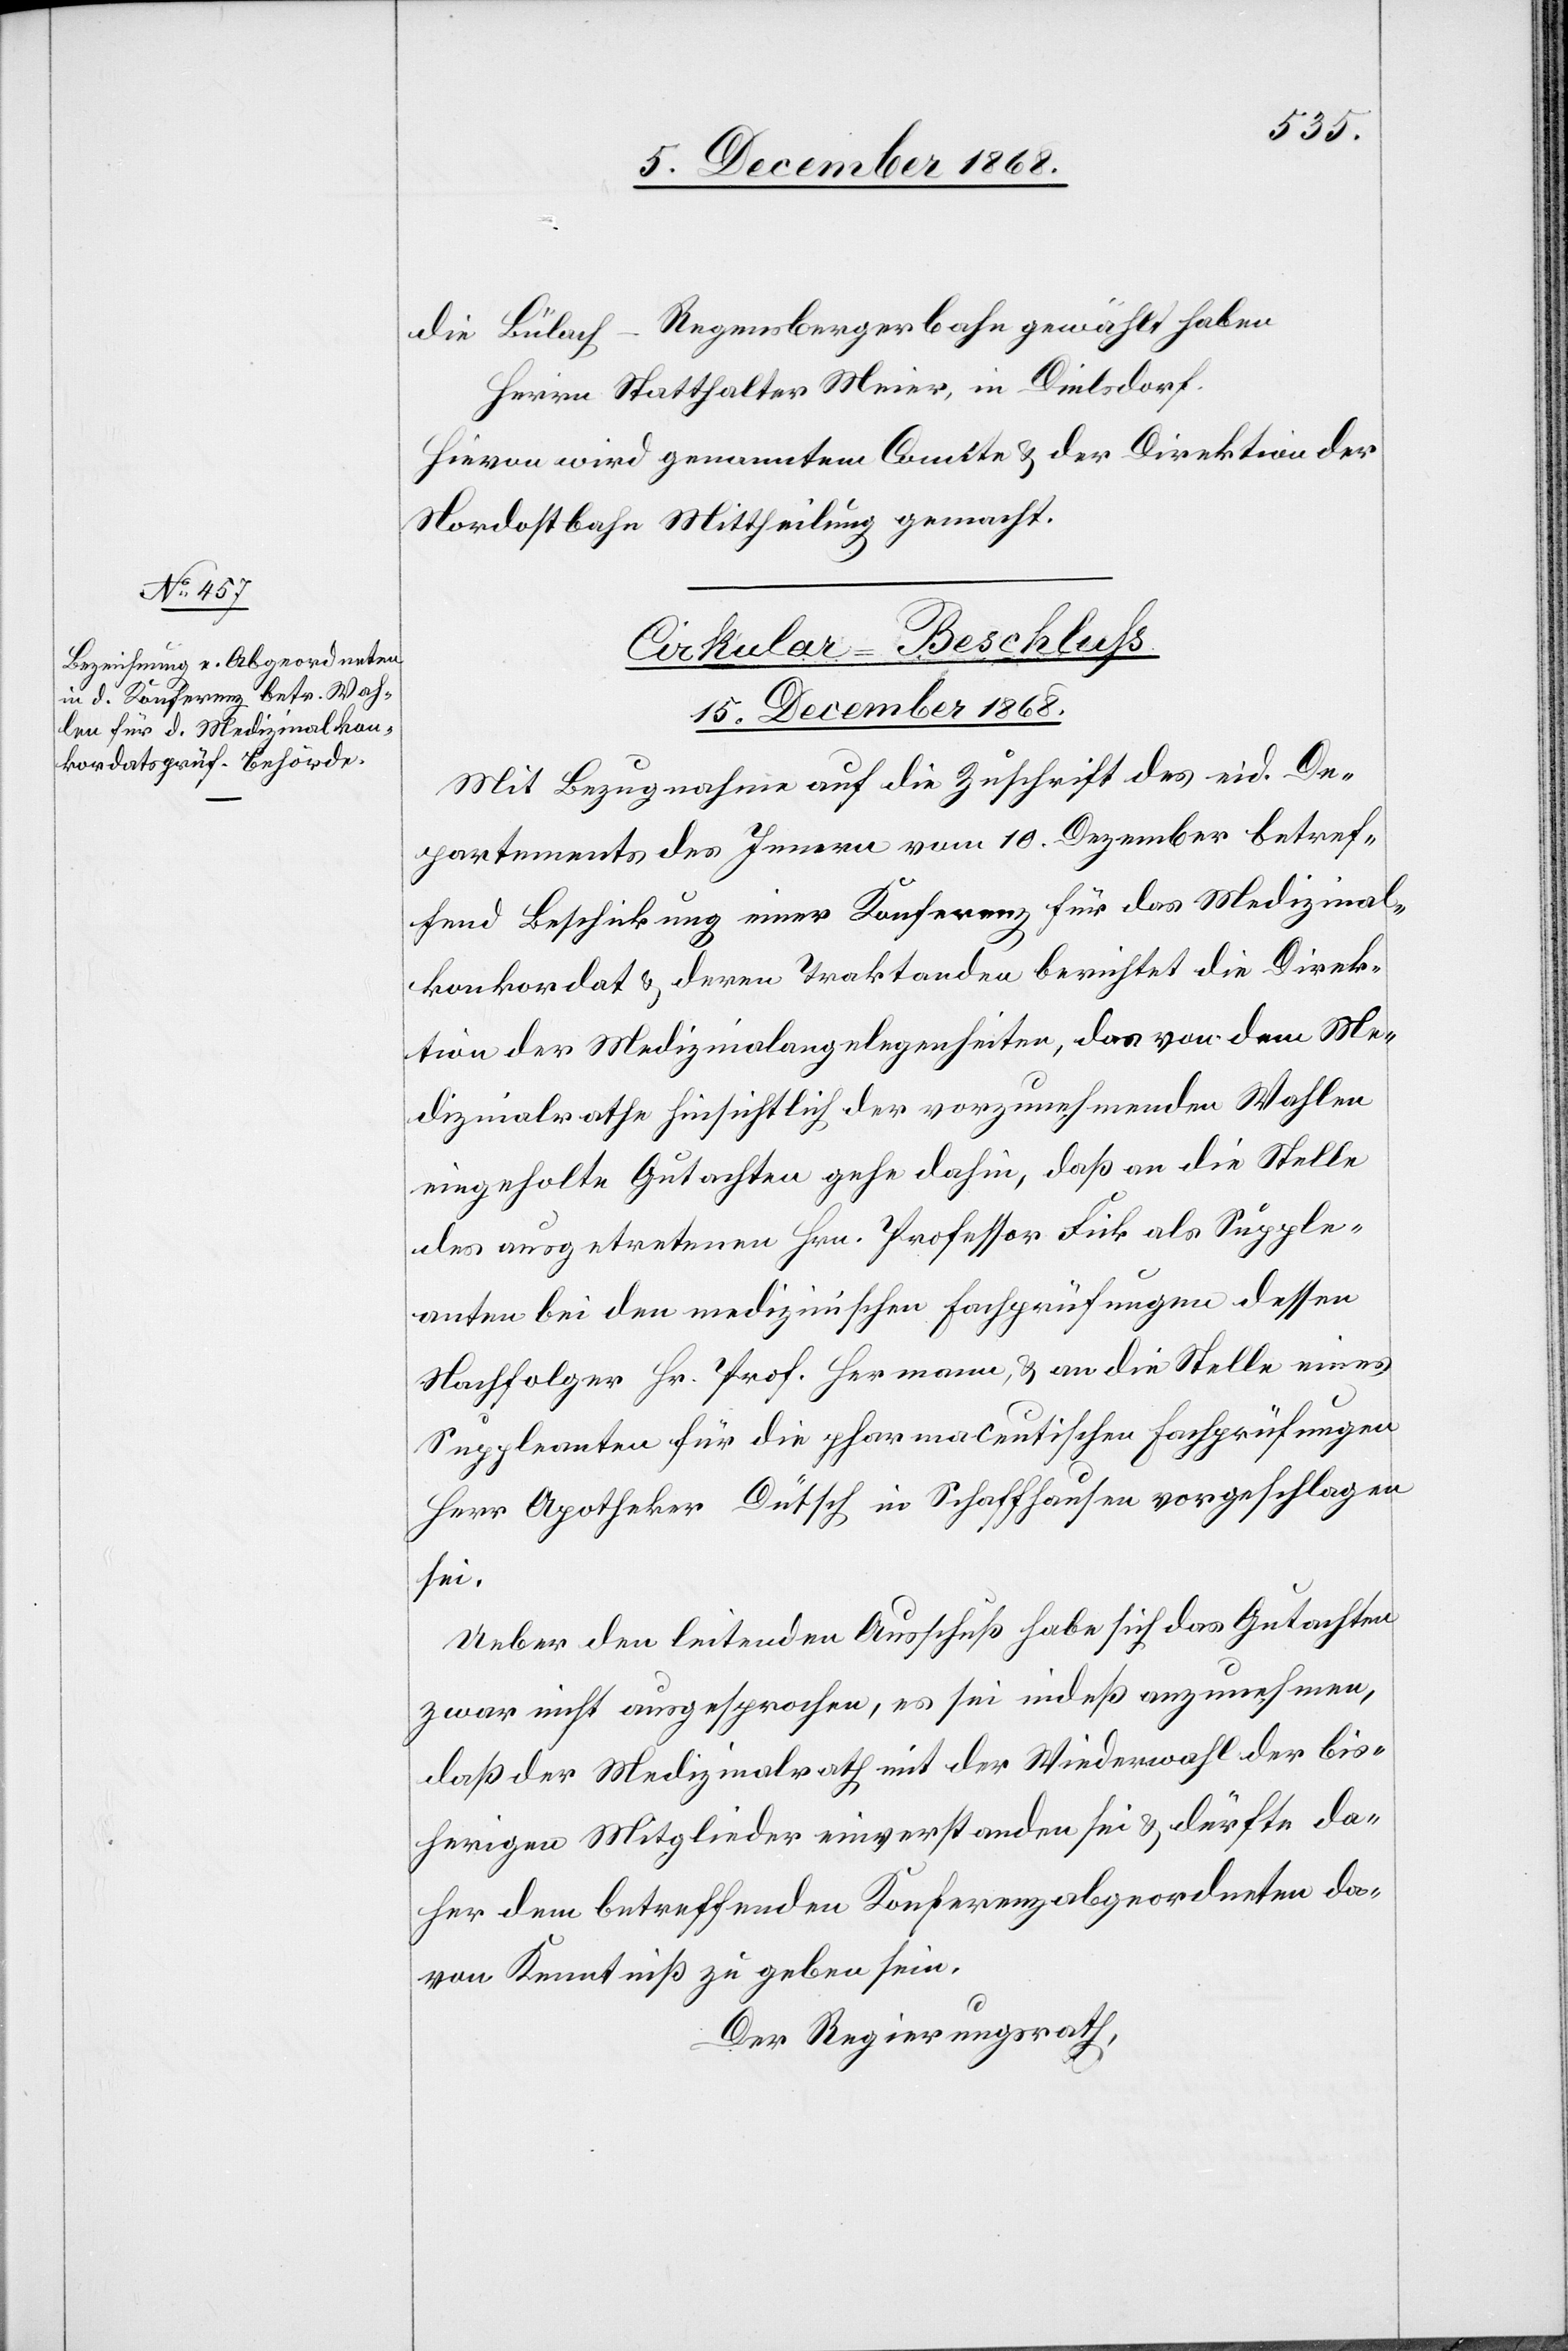
die Bülach–Regensbergerbahn gewählt haben
Herrn Statthalter Meier, von Dielsdorf.
Hievon wird genanntem Comite & der Direktion der
Nordostbahn Mittheilung gemacht.
Cirkular-Beschluss
15. December 1868.
Mit Bezugnahme auf die Zuschrift des eid. De¬
partements des Innern vom 10. Dezember betref¬
fend Beschickung einer Konferenz für das Medizinal¬
konkordat & deren Traktanden berichtet die Direk¬
tion der Medizinalangelegenheiten, das von dem Me¬
dizinalrathe hinsichtlich der vorzunehmenden Wahlen
eingeholte Gutachten gehe dahin, daß an die Stelle
des ausgetretenen Hrn. Professor Fick als Supple¬
anten bei den medizinischen Fachprüfungen dessen
Nachfolger Hr. Prof. Hermann, & an die Stelle eines
Suppleanten für die pharmaceutischen Fachprüfungen
Herr Apotheker Dütsch in Schaffhausen vorgeschlagen
sei.
Ueber den leitenden Ausschuß habe sich das Gutachten
zwar nicht ausgesprochen, es sei indeß anzunehmen,
daß der Medizinalrath mit der Wiederwahl der bis¬
herigen Mitglieder einverstanden sei & dürfte da¬
her dem betreffenden Konferenzabgeordneten da¬
von Kenntniß zu geben sein.
Der Regierungsrath,